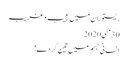
ریستوران میں عجیب و غریب
30مئی2020
انسانی جسم میں تین گردے!